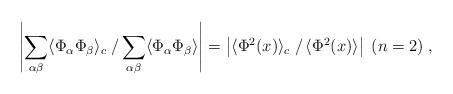
LaTeX: \begin{align*}\left| \sum_{\alpha \beta}\langle \Phi_{\alpha} \Phi_{\beta} \rangle_c\left. \right/ \sum_{\alpha \beta}\langle \Phi_{\alpha} \Phi_{\beta} \rangle\right|=\left| \langle \Phi^2(x) \rangle_c \left. \right/\langle \Phi^2(x) \rangle \right|\; (n=2) \;,\end{align*}